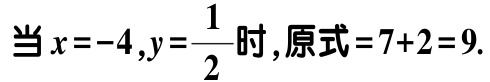
当 \(x = - 4,y=\frac{1}{2}\) 时,原式\( = 7 + 2 = 9\).